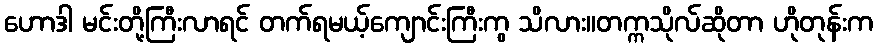
ဟောဒါ မင်းတို့ကြီးလာရင် တက်ရမယ့်ကျောင်းကြီးကွ သိလား။တက္ကသိုလ်ဆိုတာ ဟိုတုန်းက